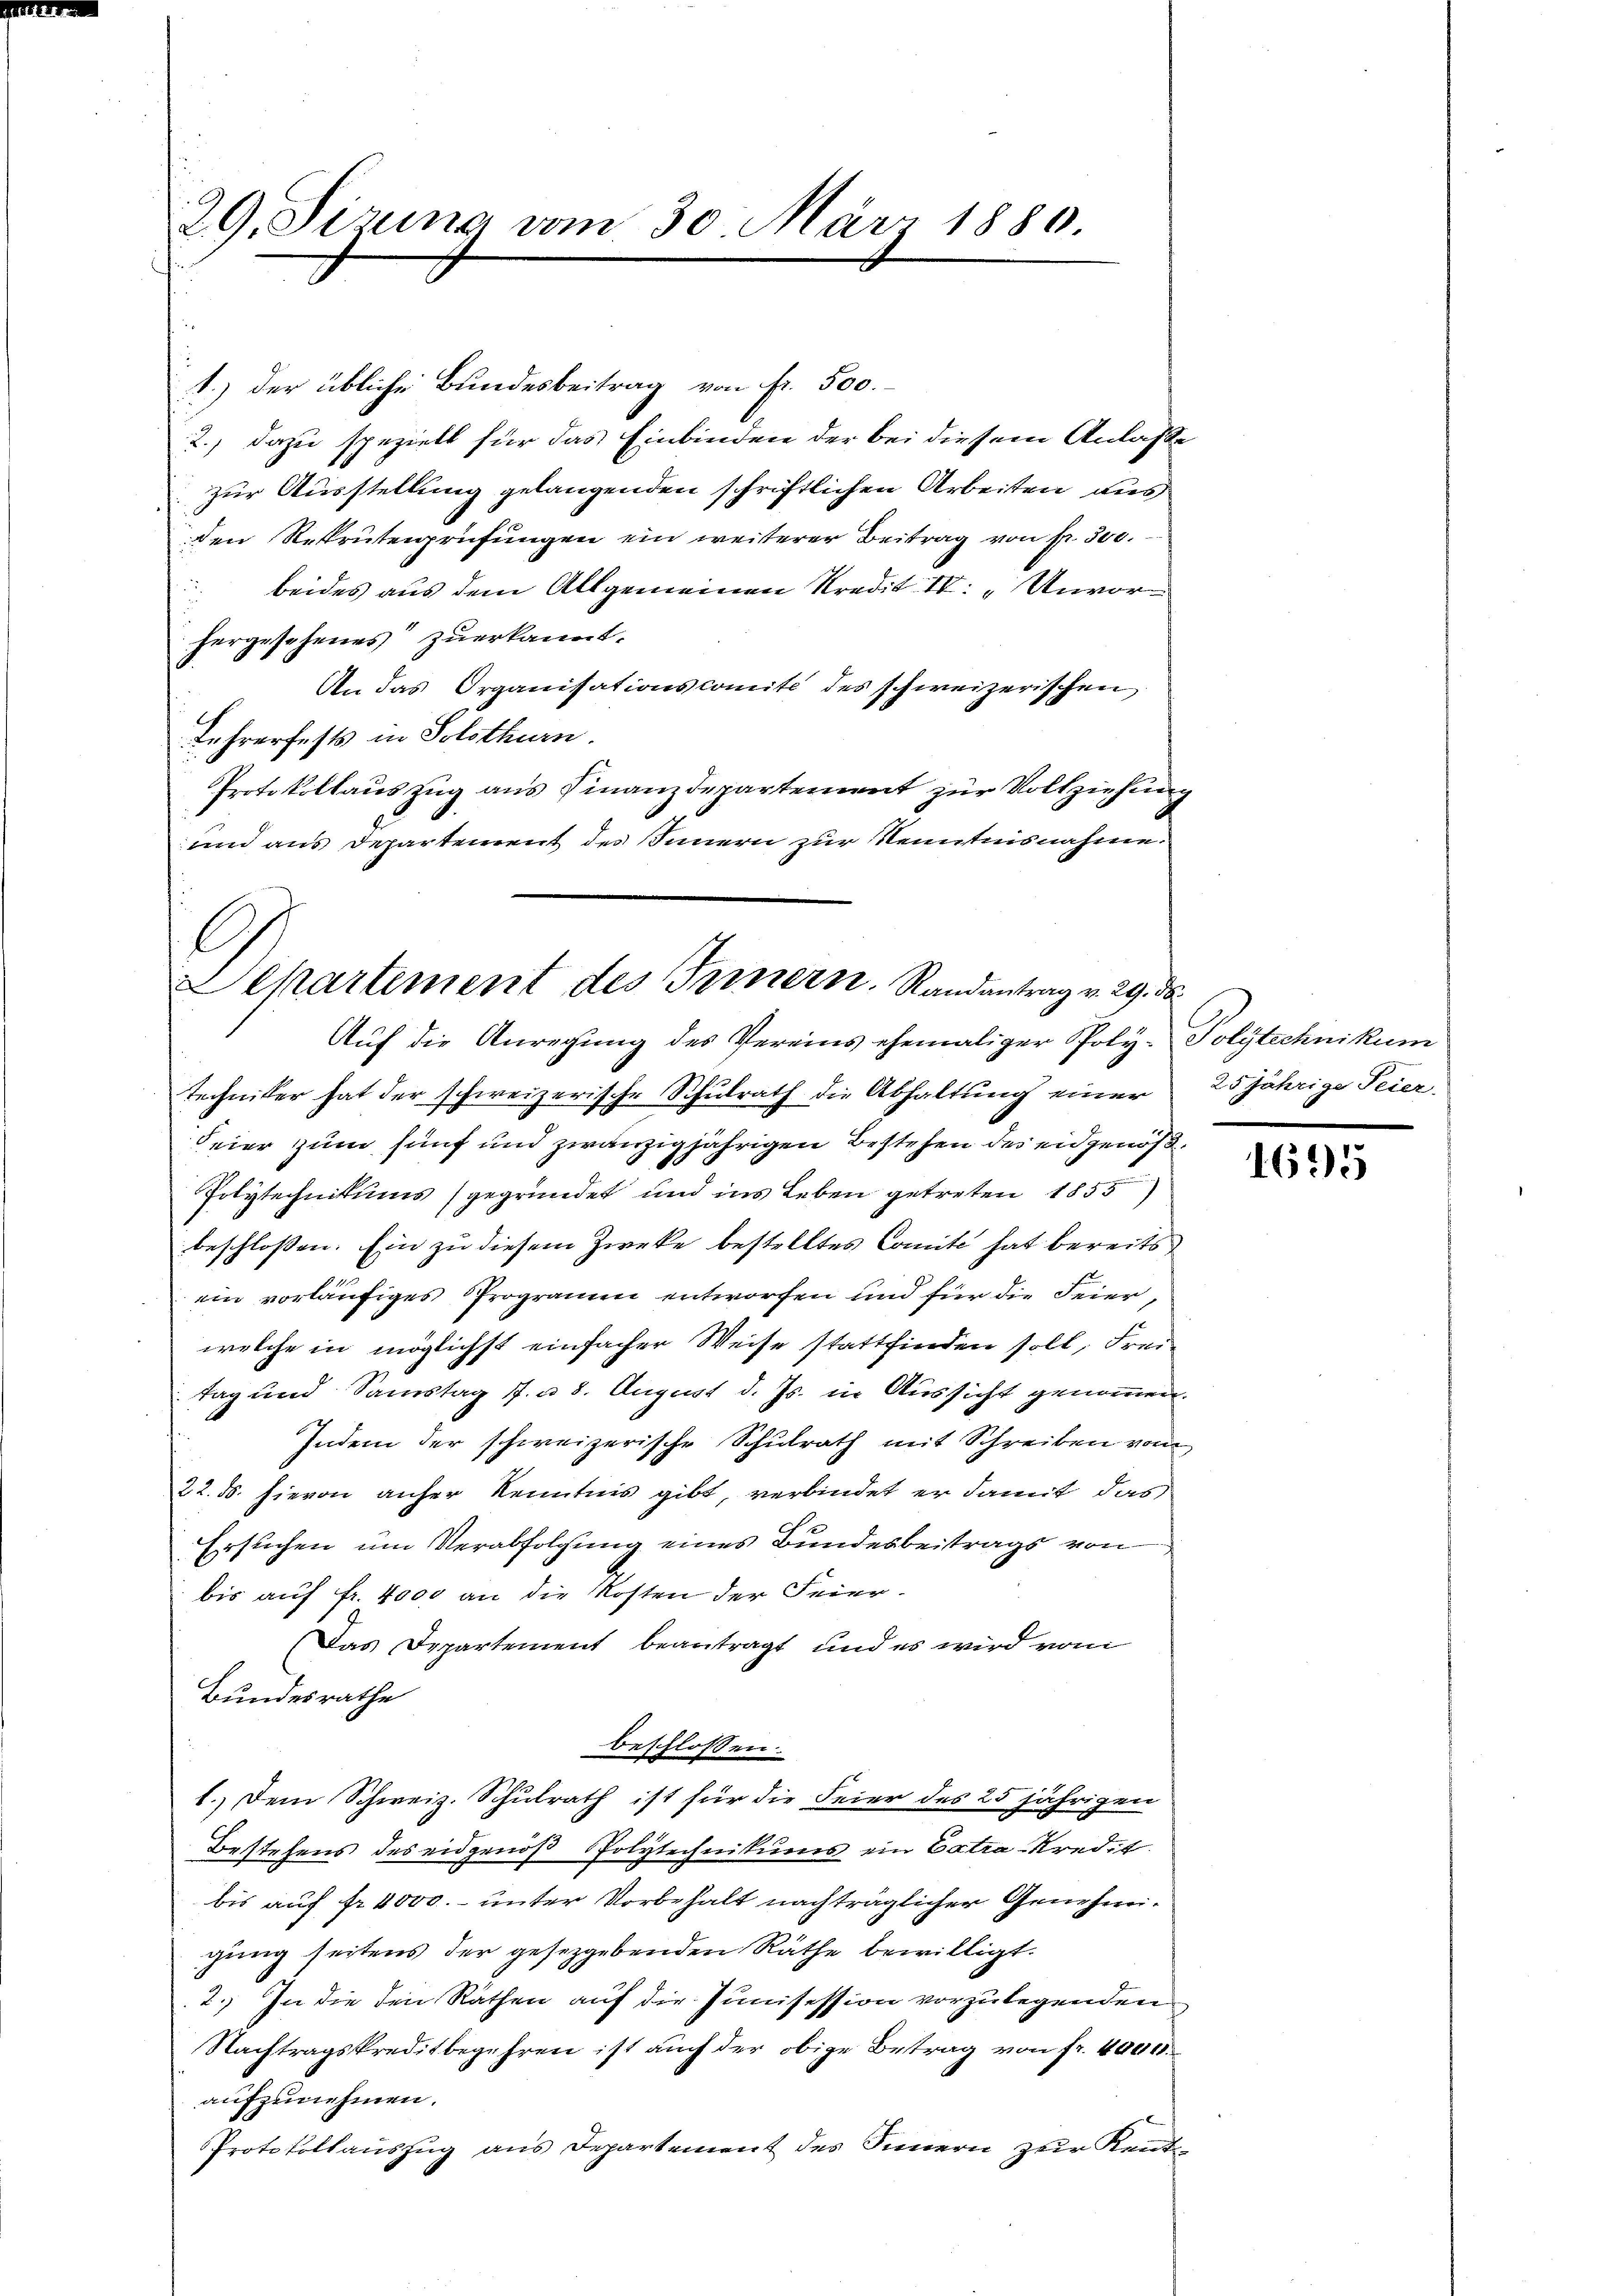
29. Sizung vom 30. März 1880

1.) Der übliche Bundesbeitrag von fr. 500.
2.) dazu speziell für das Einbinden der bei diesem Anlasse
zur Ausstellung gelangenden schriftlichen Arbeiten aus
den Rekrutenprüfungen ein weiterer Beitrag von pr. 300.
 beides aus dem Allgemeinen Kredit II: „Unvorhergesehenes“ zuerkannt.
An das Organisationscomité des schweizerischen
Lehrerfests in Solothurn.
Protokollaŭszŭg aŭs Finanzdepartement zŭr Vollziehŭng
und aus Departement des Innern zur Kenntnisnahme.

Separtement des Innern. Randantrag v. 29. 36
Auf die Anregung des Vereins ehemaliger Poly- Polytechnikum

Techniker hat der schweizerische Schulrath die Abhaltung einer
Feier zum fünf und zwanzigjährigen Bestehen des eidgenöß¬
Polytechnikums (gegründet und ins Leben getreten 1855
beschloßen: Ein zu diesem Zwecke bestelltes Comite hat bereits
ein vorläufiges Programen entworfen und für die Feier,
welche in möglichst einfacher Weise stattfinden soll, Freitag und Samstag 1. n 8. August d. Js. in Aussicht genommen.
Indem der schweizerische Schulrath mit Schreiben vom
22. d. hievon anher Kenntnis gibt, verbindet er damit das
Ersuchen um Verabfolgung eines Bundesbeitrags von
bis auf Fr. 4000 an die Kosten der Feier-
(Das Departement beantragt, und es wird vom
Bundesrathe
beschlossen:
1.) Dem Schweiz. Schulrath ist für die Feier des 25 jährigen
Bestehens des eidgenöß Polytechnikums ein Catra Kredit.
bis auf fr. 4000. unter Vorbehalt nachträglicher Genehmigung seitens der gesetzgebenden Räthe bewilligt.
2.) In die den Räthen auf die Junisession vorzulegenden
Nachtragskreditbegehren ist auch der obige Betrag von fr. 4000.
aufzunehmen.
Protokollauszug aus Departement des Innern zur Rent¬

25jährige Seier

1695